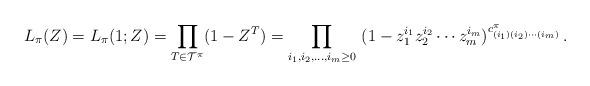
LaTeX: \begin{align*} L_\pi(Z)= L_\pi(1;Z) = \prod_{T\in {\cal T}^\pi} (1-Z^T) = \prod_{i_1,i_2,\ldots,i_m\geq 0}\ (1 - z_1^{i_1}z_2^{i_2}\cdots z_m^{i_m})^{c^\pi_{(i_1)(i_2)\cdots(i_m)}} \,.\end{align*}